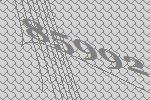
85992